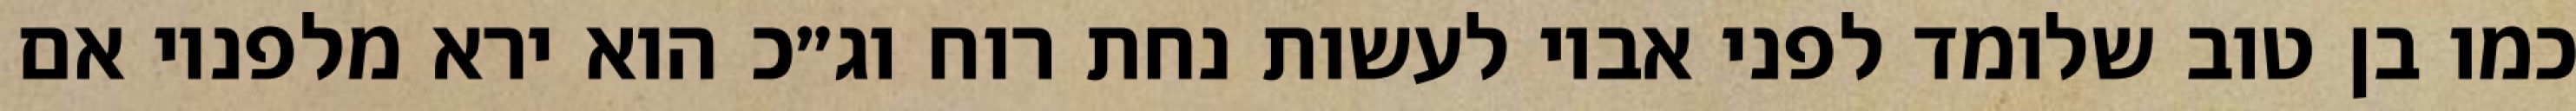
כמו בן טוב שלומד לפני אביו לעשות נחת רוח וג״כ הוא ירא מלפניו אם